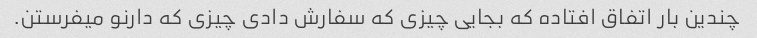
چندین بار اتفاق افتاده که بجایی چیزی که سفارش دادی چیزی که دارنو میفرستن.